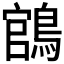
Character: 𬷡